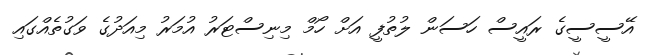
އޭސީސީގެ ރައީސް ހަސަން ލުތުފީ އަށް ހޯމް މިނިސްޓަރު އުމަރު މިއަދުގެ ވަގުތެއްގައި